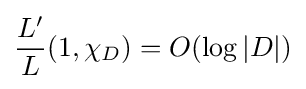
{\frac {L'}{L}}(1,\chi _{D})=O(\log |D|)